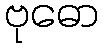
ဗုဓော